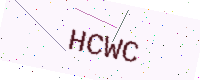
Text: HCWC